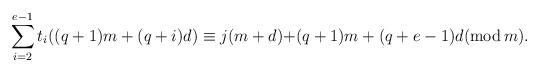
LaTeX: \begin{align*}\sum\limits_{i=2}^{e-1}t_{i}((q+1)m+(q+i)d)\equiv j(m+d)+&(q+1)m+(q+e-1)d(\textrm{mod} \, m).\end{align*}